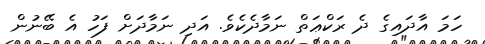
ހަމަ އާދައިގެ ދެ ރަކްޢަތް ނަމާދެކެވެ. އަދި ނަމާދަށް ފަހު އެ ބޭނުން